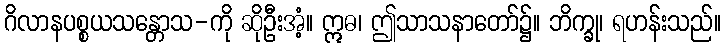
ဂိလာနပစ္စယသန္တောသ-ကို ဆိုဦးအံ့။ ဣဓ၊ ဤသာသနာတော်၌။ ဘိက္ခု၊ ရဟန်းသည်။